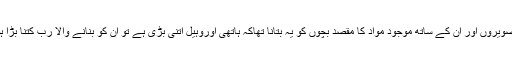
ان تصویروں اور ان کے ساتھ موجود مواد کا مقصد بچوں کو یہ بتانا تھاکہ ہاتھی اوروہیل اتنی بڑی ہے تو ان کو بنانے والا رب کتنا بڑا ہوگا؟